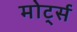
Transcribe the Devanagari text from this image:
मोर्ट्स